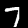
Label: 7